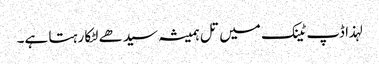
لہذا ڈپ ٹینک میں تل ہمیشہ سیدھے لٹکا رہتا ہے۔